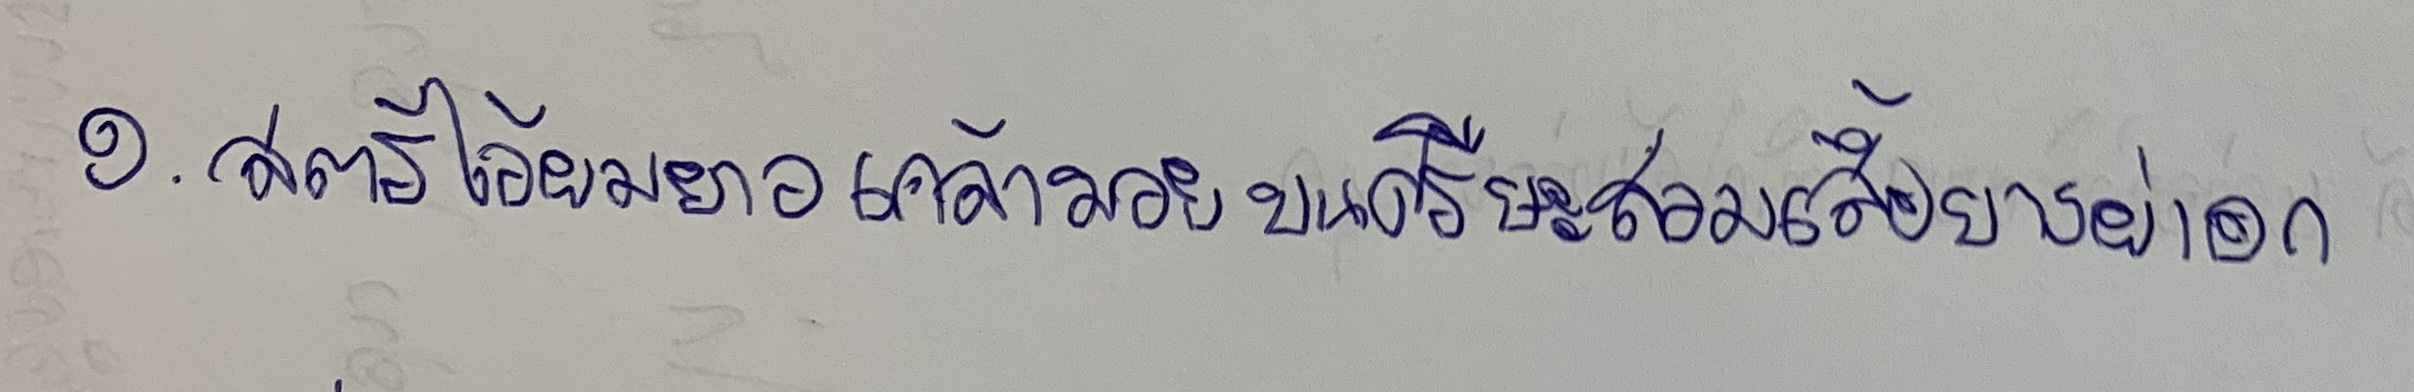
๑. สตรีไว้ผมยาวเกล้ามวยบนศีรษะสวมเสื้อบางผ่าอก